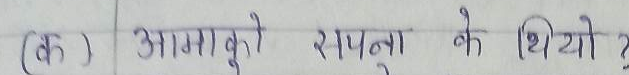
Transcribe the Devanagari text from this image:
(क) आमाबुको रचना के थियो ?